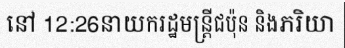
នៅ 12:26នាយករដ្ឋមន្ត្រីជប៉ុន និងភរិយា